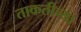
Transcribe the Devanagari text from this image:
ताकतीच्या